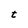
Character: t